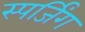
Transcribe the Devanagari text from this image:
स्पर्जिंग